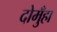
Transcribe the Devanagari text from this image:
दोमुँहा